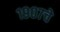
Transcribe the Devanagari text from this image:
१९०७चे